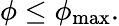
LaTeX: \phi\leq\phi_{\mathrm{max}}.